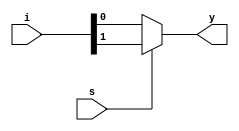
module mux2x1(s,i,y);
  input [1:0]i;
  input s;
  output y;
  reg y;
  always @(s or i)
  begin
     y=s?i[1]:i[0];
  end
endmodule